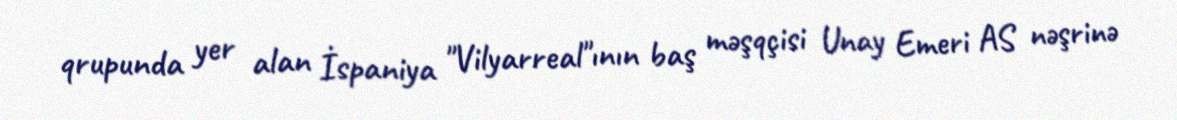
qrupunda yer alan İspaniya "Vilyarreal"ının baş məşqçisi Unay Emeri AS nəşrinə